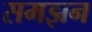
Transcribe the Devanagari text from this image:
समझन